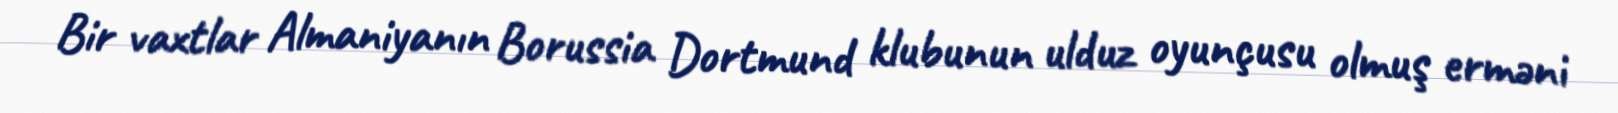
Bir vaxtlar Almaniyanın Borussia Dortmund klubunun ulduz oyunçusu olmuş erməni